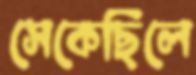
সেকেছিলে